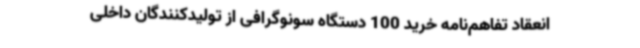
انعقاد تفاهم‌نامه خرید 100 دستگاه سونوگرافی از تولیدکنندگان داخلی